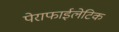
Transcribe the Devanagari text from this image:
पेराफाईलेटिक